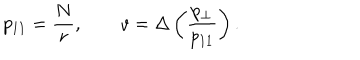
p _ { 1 1 } = \frac { N } { r } , \qquad v = \Delta \left( \frac { p _ { \perp } } { p _ { 1 1 } } \right) .